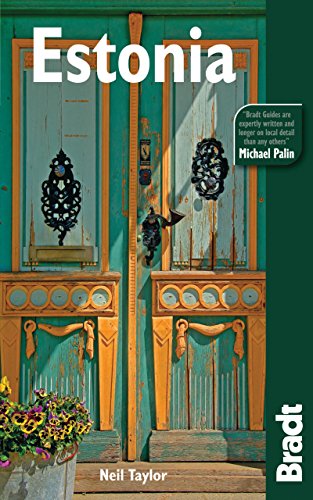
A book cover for Estonia (Bradt Travel Guide Estonia); Neil Taylor; Travel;